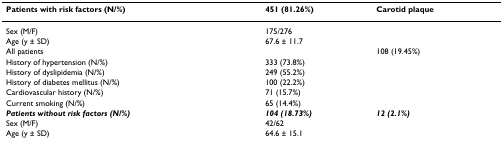
<table><thead><tr><td><b>Patients with risk factors (N/%)</b></td><td><b>451 (81.26%)</b></td><td><b>Carotid plaque</b></td></tr></thead><tbody><tr><td>Sex (M/F)</td><td>175/276</td><td></td></tr><tr><td>Age (y ± SD)</td><td>67.6 ± 11.7</td><td></td></tr><tr><td>All patients</td><td></td><td>108 (19.45%)</td></tr><tr><td>History of hypertension (N/%)</td><td>333 (73.8%)</td><td></td></tr><tr><td>History of dyslipidemia (N/%)</td><td>249 (55.2%)</td><td></td></tr><tr><td>History of diabetes mellitus (N/%)</td><td>100 (22.2%)</td><td></td></tr><tr><td>Cardiovascular history (N/%)</td><td>71 (15.7%)</td><td></td></tr><tr><td>Current smoking (N/%)</td><td>65 (14.4%)</td><td></td></tr><tr><td><b><i>Patients without risk factors (N/%)</i></b></td><td><b><i>104 (18.73%)</i></b></td><td><b><i>12 (2.1%)</i></b></td></tr><tr><td>Sex (M/F)</td><td>42/62</td><td></td></tr><tr><td>Age (y ± SD)</td><td>64.6 ± 15.1</td><td></td></tr></tbody></table>